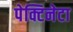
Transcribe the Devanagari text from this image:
पेक्टिनेटा